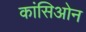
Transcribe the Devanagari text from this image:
कांसिओन